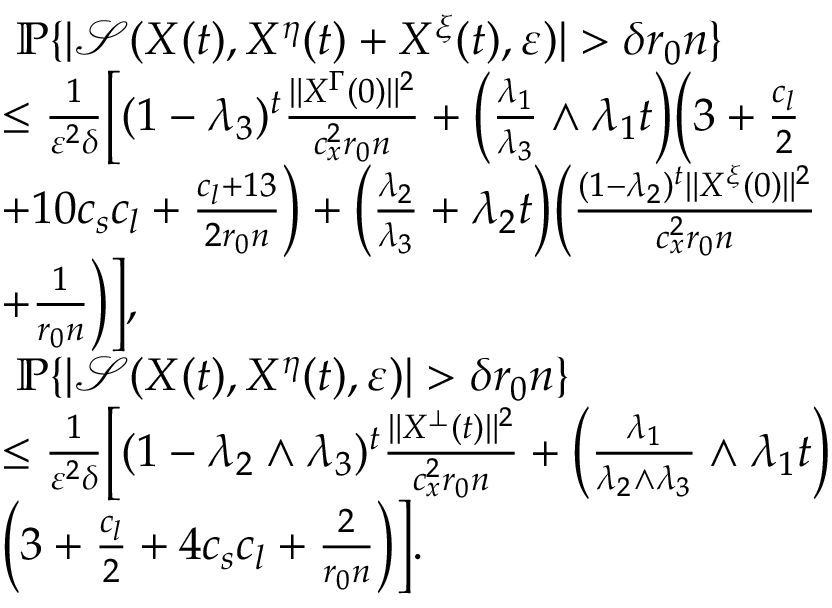
\begin{array} { r l } & { ~ \mathbb { P } \{ | \mathcal { S } ( X ( t ) , X ^ { \eta } ( t ) + X ^ { \xi } ( t ) , \varepsilon ) | > \delta r _ { 0 } n \} } \\ & { \le \frac { 1 } { \varepsilon ^ { 2 } \delta } \Big [ ( 1 - \lambda _ { 3 } ) ^ { t } \frac { \| X ^ { \Gamma } ( 0 ) \| ^ { 2 } } { c _ { x } ^ { 2 } r _ { 0 } n } + \Big ( \frac { \lambda _ { 1 } } { \lambda _ { 3 } } \wedge \lambda _ { 1 } t \Big ) \Big ( 3 + \frac { c _ { l } } { 2 } } \\ & { + 1 0 c _ { s } c _ { l } + \frac { c _ { l } + 1 3 } { 2 r _ { 0 } n } \Big ) + \Big ( \frac { \lambda _ { 2 } } { \lambda _ { 3 } } + \lambda _ { 2 } t \Big ) \Big ( \frac { ( 1 - \lambda _ { 2 } ) ^ { t } \| X ^ { \xi } ( 0 ) \| ^ { 2 } } { c _ { x } ^ { 2 } r _ { 0 } n } } \\ & { + \frac { 1 } { r _ { 0 } n } \Big ) \Big ] , } \\ & { ~ \mathbb { P } \{ | \mathcal { S } ( X ( t ) , X ^ { \eta } ( t ) , \varepsilon ) | > \delta r _ { 0 } n \} } \\ & { \le \frac { 1 } { \varepsilon ^ { 2 } \delta } \Big [ ( 1 - \lambda _ { 2 } \wedge \lambda _ { 3 } ) ^ { t } \frac { \| X ^ { \bot } ( t ) \| ^ { 2 } } { c _ { x } ^ { 2 } r _ { 0 } n } + \Big ( \frac { \lambda _ { 1 } } { \lambda _ { 2 } \wedge \lambda _ { 3 } } \wedge \lambda _ { 1 } t \Big ) } \\ & { \Big ( 3 + \frac { c _ { l } } { 2 } + 4 c _ { s } c _ { l } + \frac { 2 } { r _ { 0 } n } \Big ) \Big ] . } \end{array}